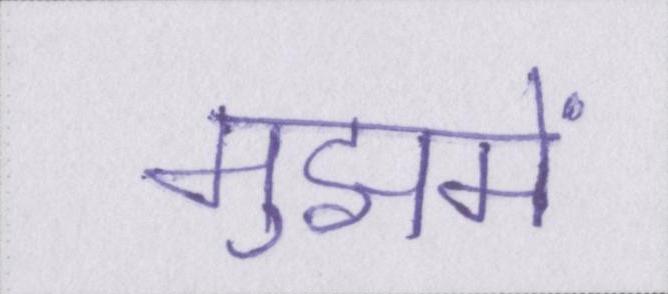
मुझमें